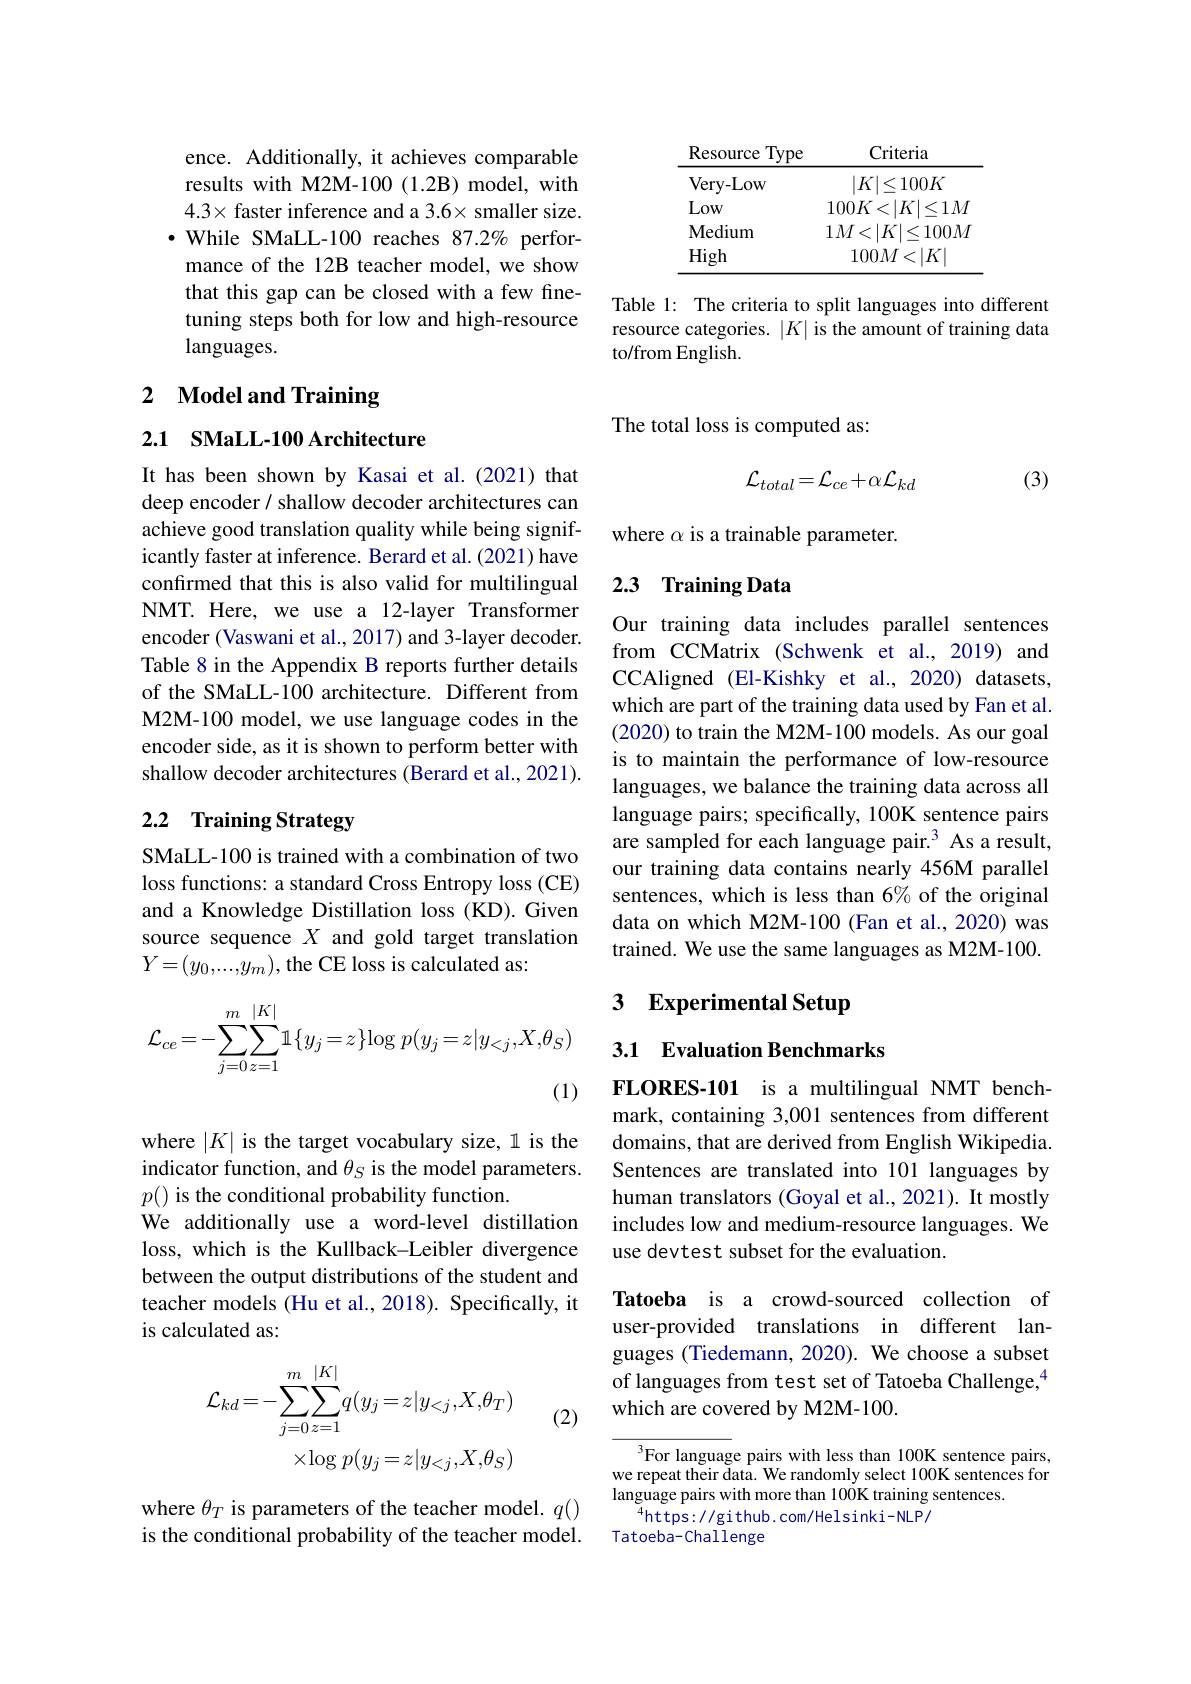
ence. Additionally, it achieves comparable results with M2M-100 (1.2B) model, with $4.3\times$ faster inference and a 3.6× smaller size. $\bullet$ While SMaLL-100 reaches 87.2% performance of the 12B teacher model, we show that this gap can be closed with a few finetuning steps both for low and high-resource languages.

# 2 Model and Training

## 2.1 SMaLL-100 Architecture

It has been shown by Kasai et al.(2021) that deep encoder / shallow decoder architectures can achieve good translation quality while being significantly faster at inference. Berard et al.(2021) have confirmed that this is also valid for multilingual NMT. Here, we use a 12-layer Transformer encoder (Vaswani et al., 2017) and 3-layer decoder. Table 8 in the Appendix B reports further details of the SMaLL-100 architecture. Different from M2M-100 model, we use language codes in the encoder side, as it is shown to perform better with shallow decoder architectures (Berard et al., 2021).

## 2.2 Training Strategy

SMaLL-100 is trained with a combination of two loss functions: a standard Cross Entropy loss (CE) and a Knowledge Distillation loss (KD).Given source sequence $X$ and gold target translation $Y=(y_0,...,y_m)$,the CE loss is calculated as:
$$\mathcal{L}_{ce}=-\sum_{j=0}^{m}\sum_{z=1}^{|K|}\mathbb{1}\{y_{j}=z\}\mathrm{log}\:p(y_{j}=z|y_{<j},X,\theta_{S})$$
(1)

where $|K|$ is the target vocabulary size, 1 is the indicator function, and $\theta_S$ is the model parameters. $p()$ is the conditional probability function.
We additionally use a word-level distillation loss, which is the Kullback-Leibler divergence between the output distributions of the student and teacher models (Hu et al., 2018). Specifically, it is calculated as:

(2)
$$\begin{aligned}\mathcal{L}_{kd}&=-\sum_{j=0\:z=1}^{m}\sum_{j=0\:z=1}^{|K|}q(y_{j}=z|y_{<j},X,\theta_{T})\\&\times\log p(y_{j}=z|y_{<j},X,\theta_{S})\end{aligned}$$
where $\theta_T$ is parameters of the teacher model. $q()$ is the conditional probability of the teacher model.

<table>
	<tbody>
		<tr>
			<th>Resource Type</th>
			<th>Criteria</th>
		</tr>
		<tr>
			<td>Very- Low</td>
			<td>$|K|\leq100K$</td>
		</tr>
		<tr>
			<td>Low</td>
			<td>$100K<|K|$ $<1M$</td>
		</tr>
		<tr>
			<td>Medium</td>
			<td>$1M<|K$ $<100M$</td>
		</tr>
		<tr>
			<td>High</td>
			<td>$100M$ $<|K|$</td>
		</tr>
	</tbody>
</table>

Table 1: The criteria to split languages into different resource categories. $|K|$ is the amount of training data to/from English.

The total loss is computed as:
$$\mathcal{L}_{total}=\mathcal{L}_{ce}+\alpha\mathcal{L}_{kd}$$
(3)

where $\alpha$ is a trainable parameter.

## 2.3 Training Data

Our training data includes parallel sentences from CCMatrix (Schwenk et al.,2019) and CCAligned (El-Kishky et al., 2020) datasets, which are part of the training data used by Fan et al. (2020) to train the M2M-100 models. As our goal is to maintain the performance of low-resource languages, we balance the training data across all language pairs; specifically, 100K sentence pairs are sampled for each language pair.$^3$ As a result, our training data contains nearly 456M parallel sentences, which is less than 6% of the original data on which M2M-100 (Fan et al., 2020) was trained. We use the same languages as M2M-100.

## 3 Experimental Setup

3.1 Evaluation Benchmarks

FLORES-101 is a multilingual NMT benchmark, containing 3,001 sentences from different domains, that are derived from English Wikipedia. Sentences are translated into 101 languages by human translators (Goyal et al., 2021). It mostly includes low and medium-resource languages. We use devtest subset for the evaluation.

Tatoeba is a crowd-sourced collection of user-provided translations in different languages (Tiedemann, 2020). We choose a subset of languages from test set of Tatoeba Challenge,$^{4}$ which are covered by M2M-100.

$^3$For language pairs with less than 100K sentence pairs, we repeat their data. We randomly select 100K sentences for language pairs with more than 100K training sentences.
$^{4}$https://github.com/Helsinki-NLP/
Tatoeba-Challenge